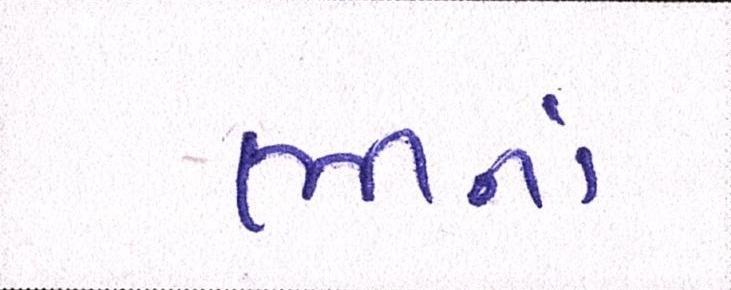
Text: ભીનાં